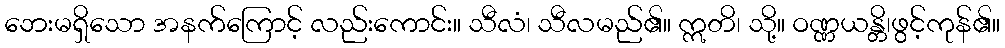
ဘေးမရှိသော အနက်ကြောင့် လည်းကောင်း။ သီလံ၊ သီလမည်၏။ ဣတိ၊ သို့။ ဝဏ္ဏယန္တိ၊ဖွင့်ကုန်၏။